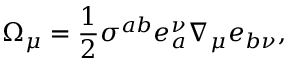
\Omega _ { \mu } = \frac { 1 } { 2 } \sigma ^ { a b } e _ { a } ^ { \nu } \nabla _ { \mu } e _ { b \nu } ,